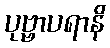
ပုဗ္ဗာပရာနိ